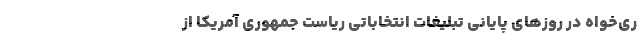
ری‌خواه در روزهای پایانی تبلیغات انتخاباتی ریاست جمهوری آمریکا از